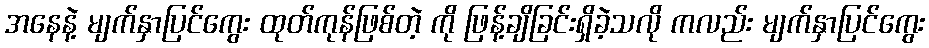
အနေနဲ့ မျက်နှာပြင်ကွေး ထုတ်ကုန်ဖြစ်တဲ့ ကို ဖြန့်ချိခြင်းရှိခဲ့သလို ကလည်း မျက်နှာပြင်ကွေး